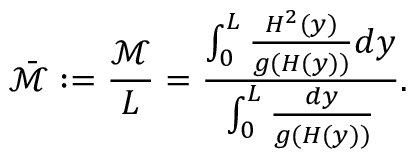
\bar { \mathcal { M } } : = \frac { \mathcal { M } } { L } = \frac { \int _ { 0 } ^ { L } { \frac { H ^ { 2 } ( y ) } { g ( H ( y ) ) } d y } } { \int _ { 0 } ^ { L } { \frac { d y } { g ( H ( y ) ) } } } .